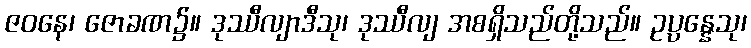
ဇဝနေ၊ ဇောခဏ၌။ ဒုဿီလျာဒီသု၊ ဒုဿီလျ အစရှိသည်တို့သည်။ ဥပ္ပန္နေသု၊